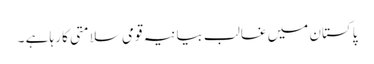
پاکستان میں غالب بیانیہ قومی سلامتی کا رہا ہے ۔